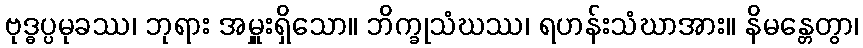
ဗုဒ္ဓပ္ပမုခဿ၊ ဘုရား အမှူးရှိသော။ ဘိက္ခုသံဃဿ၊ ရဟန်းသံဃာအား။ နိမန္တေတွာ၊